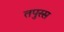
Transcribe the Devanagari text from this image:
तपुस्स